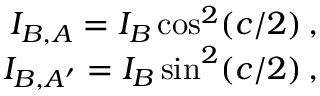
\begin{array} { r } { I _ { B , A } = I _ { B } \cos ^ { 2 } ( c / 2 ) \, , } \\ { I _ { B , A ^ { \prime } } = I _ { B } \sin ^ { 2 } ( c / 2 ) \, , } \end{array}